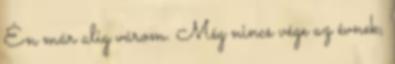
Én már alig várom. Még nincs vége az évnek,